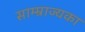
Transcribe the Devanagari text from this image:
साम्म्राज्यका